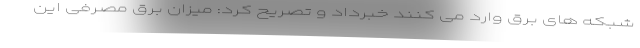
شبکه های برق وارد می کنند خبرداد و تصریح کرد: میزان برق مصرفی این